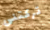
تركتنى